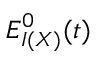
E _ { I ( X ) } ^ { 0 } ( t )